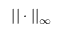
| | \cdot | | _ { \infty }